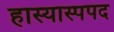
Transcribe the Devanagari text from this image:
हास्यास्पपद